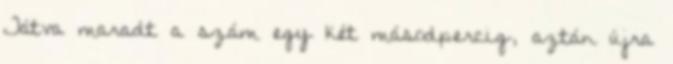
Tátva maradt a szám egy két másodpercig, aztán újra